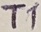
Text: T1